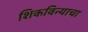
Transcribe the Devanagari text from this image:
शिकविन्याचा